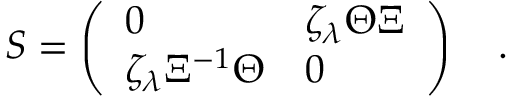
{ \cal S } = \left( \begin{array} { l l } { { 0 } } & { { \zeta _ { \lambda } \Theta \Xi } } \\ { { \zeta _ { \lambda } \Xi ^ { - 1 } \Theta } } & { { 0 } } \end{array} \right) \quad .